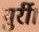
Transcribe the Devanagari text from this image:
मुर्री।